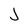
Character: J